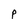
Character: p